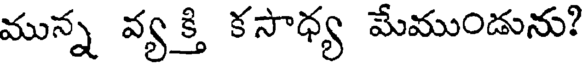
మున్న వ్యక్తి కసాధ్య మేముండును?